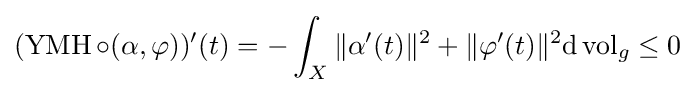
(\operatorname {YMH} \circ (\alpha ,\varphi ))'(t)=-\int _{X}\|\alpha '(t)\|^{2}+\|\varphi '(t)\|^{2}\mathrm {d} \operatorname {vol} _{g}\leq 0